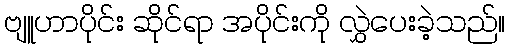
ဗျူဟာပိုင်း ဆိုင်ရာ အပိုင်းကို လွှဲပေးခဲ့သည်။